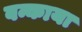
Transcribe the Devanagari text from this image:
वन्काया